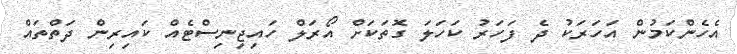
އެހެންކަމުން އަހަރަކު ދެ ފަހަރު ކަހަލަ ގޮތަކަށް އޯރަލް ހައިޖިނިސްޓެއް ކައިރިން ދަތްތައް